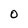
Character: O